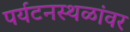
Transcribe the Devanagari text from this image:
पर्यटनस्थळांवर